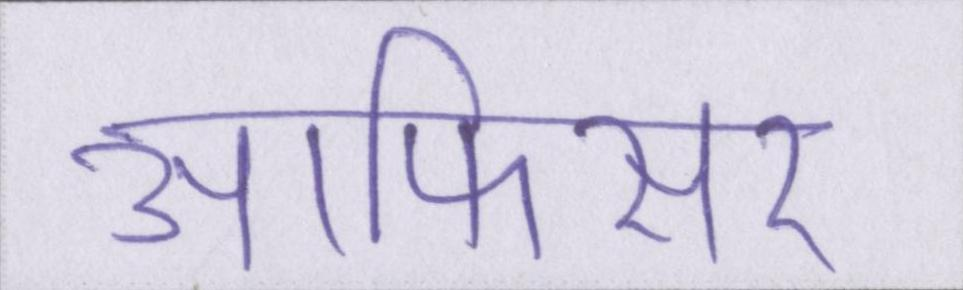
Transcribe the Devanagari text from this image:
आफिसर